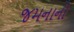
જમનાનો